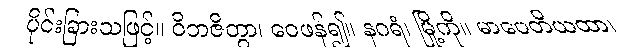
ပိုင်းခြားသဖြင့်။ ဝိဘဇိတွာ၊ ဝေဖန်၍။ နဂရံ၊ မြို့ကို။ မာပေတိယထာ၊